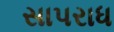
સાપરાધ